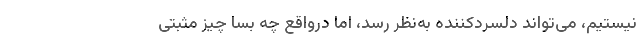
نیستیم، می‌تواند دلسردکننده به‌نظر رسد، اما درواقع چه بسا چیز مثبتی